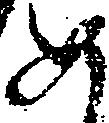
め